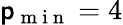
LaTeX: \mathsf{p}_{\mathrm{{~m~i~n~}}}=4